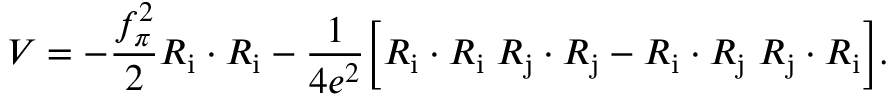
{ \cal V } = - { \frac { f _ { \pi } ^ { 2 } } { 2 } } { \cal R } _ { \mathrm { i } } \cdot { \cal R } _ { \mathrm { i } } - { \frac { 1 } { 4 e ^ { 2 } } } \biggl [ { \cal R } _ { \mathrm { i } } \cdot { \cal R } _ { \mathrm { i } } \; { \cal R } _ { \mathrm { j } } \cdot { \cal R } _ { \mathrm { j } } - { \cal R } _ { \mathrm { i } } \cdot { \cal R } _ { \mathrm { j } } \; { \cal R } _ { \mathrm { j } } \cdot { \cal R } _ { \mathrm { i } } \biggr ] .